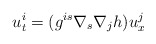
\begin{align*}u^i_t = ( g^{is} \nabla_s \nabla_j h ) u^j_x \end{align*}